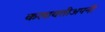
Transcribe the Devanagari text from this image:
कलावतीअपनी